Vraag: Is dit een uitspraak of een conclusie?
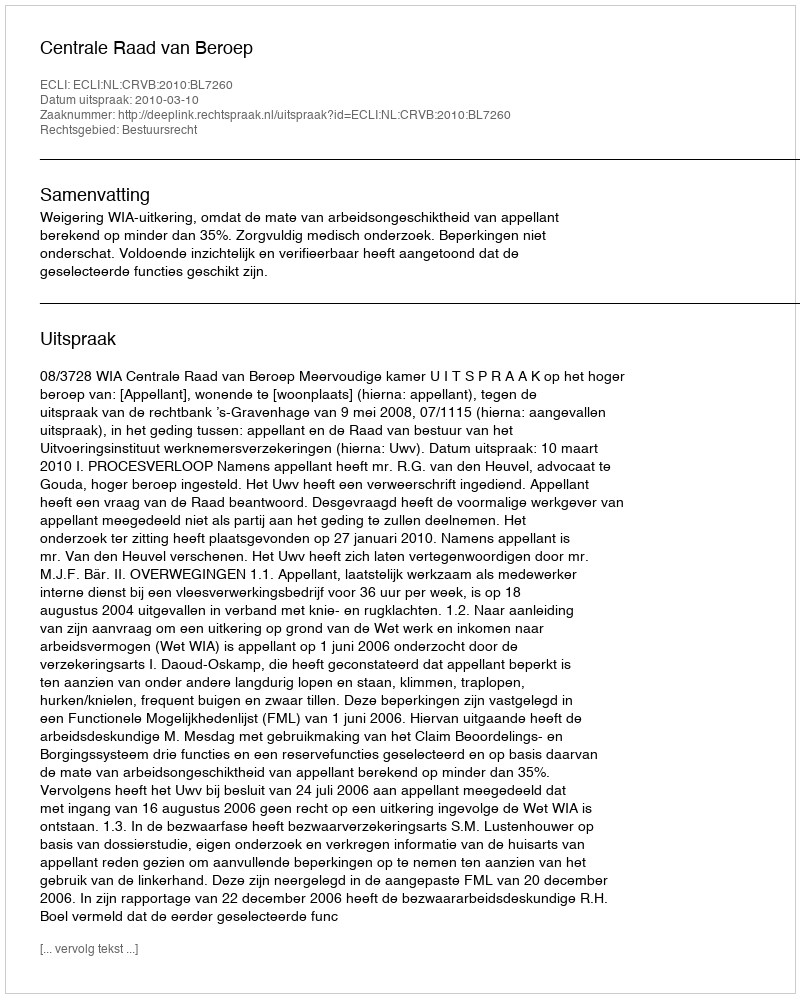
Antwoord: Uitspraak